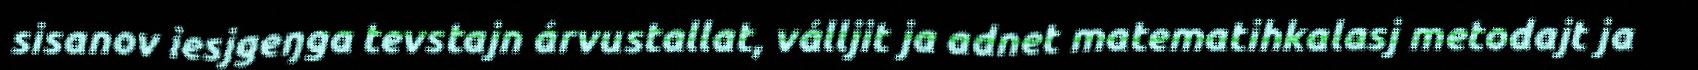
sisanov iesjgeŋga tevstajn árvustallat, válljit ja adnet matematihkalasj metodajt ja